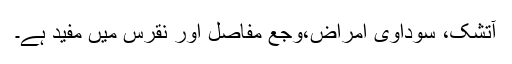
آتشک، سوداوی امراض،وجع مفاصل اور نقرس میں مفید ہے۔